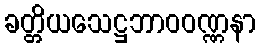
ခတ္တိယသေဋ္ဌဘာဝဝဏ္ဏနာ